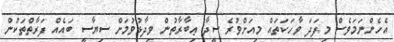
އެހެންނަމަވެސް މިފަދަ ވާހަކަތައް މިއަށްވުރެ ސީދާ ޢިބާރާތުން ވިދާޅުވުމަށް ސިޔާސީ ބައެއް ފަރާތްތަކުން